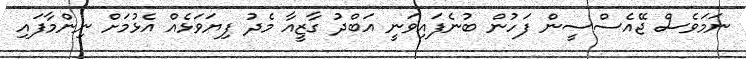
ނަމަވެސް ޖޭއެސްސީން ފަހުން ބުނެފައިވަނީ އަބްދު ގާޒީއާ މެދު ފިޔަވަޅެއް އެޅުމަށް ނިންމާފައި